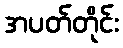
အပတ်တိုင်း